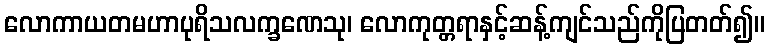
လောကာယတမဟာပုရိသလက္ခဏေသု၊ လောကုတ္တရာနှင့်ဆန့်ကျင်သည်ကိုပြတတ်၍။